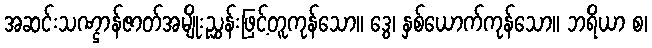
အဆင်းသဏ္ဌာန်ဇာတ်အမျိုးညွှန်းဖြင့်တူကုန်သော။ ဒွေ၊ နှစ်ယောက်ကုန်သော။ ဘရိယာ စ၊